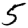
Digit: 5